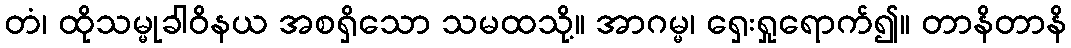
တံ၊ ထိုသမ္မုခါဝိနယ အစရှိသော သမထသို့။ အာဂမ္မ၊ ရှေးရှုရောက်၍။ တာနိတာနိ